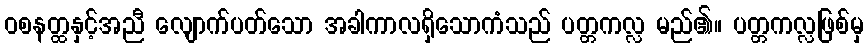
ဝစနတ္ထနှင့်အညီ လျောက်ပတ်သော အခါကာလရှိသောကံသည် ပတ္တကလ္လ မည်၏။ ပတ္တကလ္လဖြစ်မှ